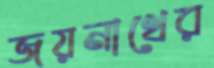
জয়নাথের